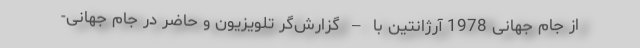
از جام جهانی 1978 آرژانتین با – گزارش‌گر تلویزیون و حاضر در جام جهانی-